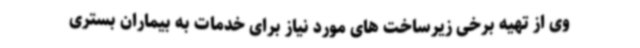
وی از تهیه برخی زیرساخت های مورد نیاز برای خدمات به بیماران بستری